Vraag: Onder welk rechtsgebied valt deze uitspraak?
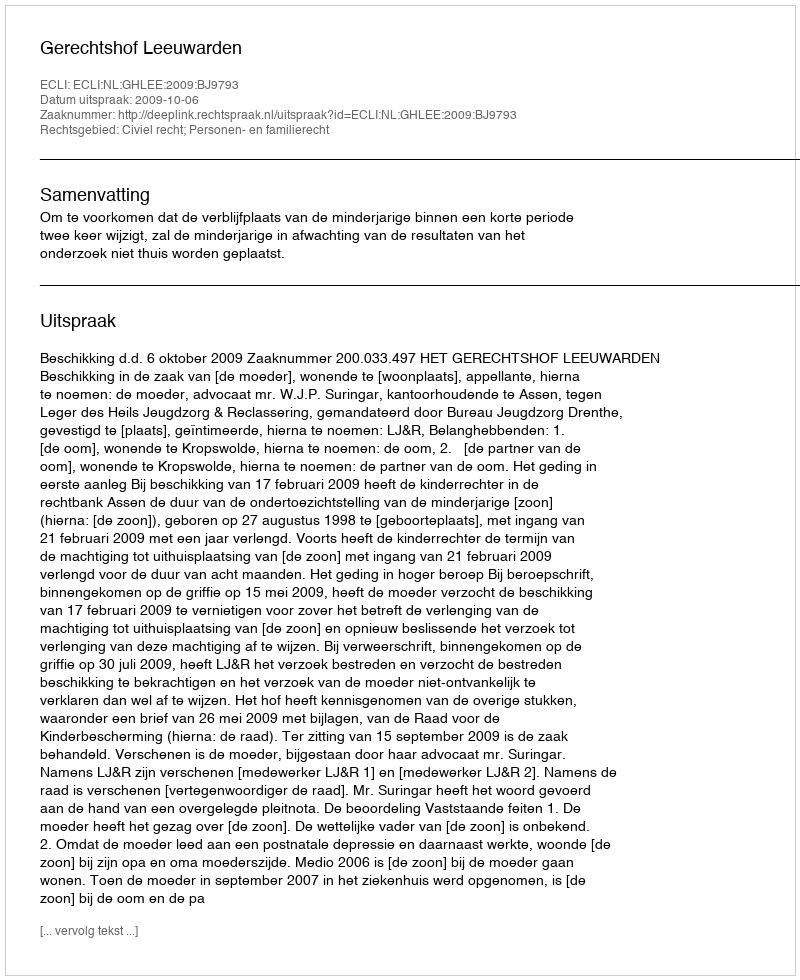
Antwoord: Civiel recht; Personen- en familierecht